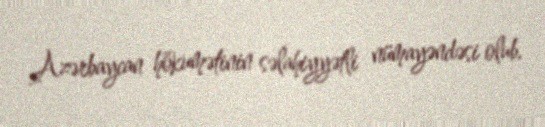
Azərbaycan hökumətinin səlahiyyətli nümayəndəsi olub.